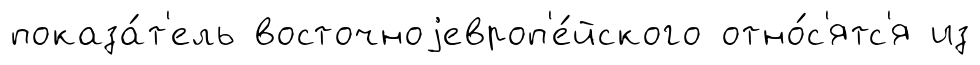
показа́т'ель восточноjевроп'е́йского отно́с'ятс'я из